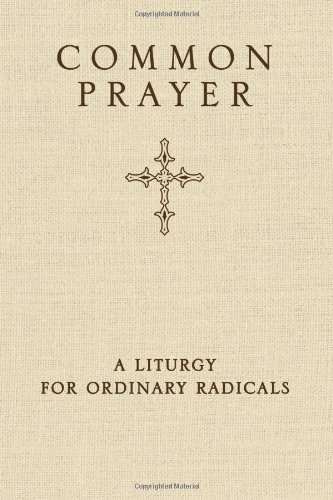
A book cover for Common Prayer: A Liturgy for Ordinary Radicals; Shane Claiborne; Christian Books & Bibles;